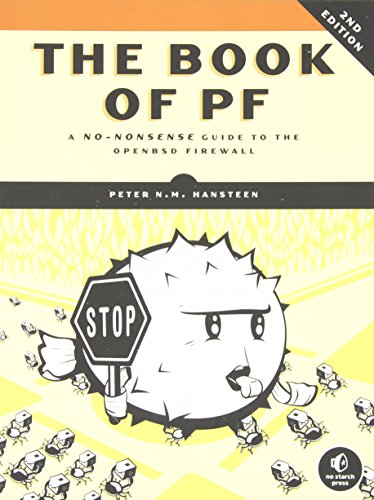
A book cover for The Book of PF: A No-Nonsense Guide to the OpenBSD Firewall; Peter N.M. Hansteen; Computers & Technology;